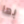
بها